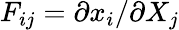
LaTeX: F_{ij}=\partial x_{i}/\partial X_{j}